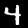
Label: 4